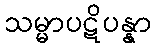
သမ္မာပဋိပန္နာ